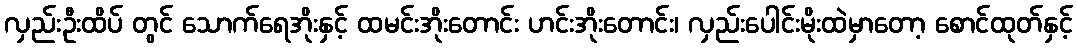
လှည်းဦးထိပ် တွင် သောက်ရေအိုးနှင့် ထမင်းအိုးတောင်း ဟင်းအိုးတောင်း၊ လှည်းပေါင်းမိုးထဲမှာတော့ စောင်ထုတ်နှင့်